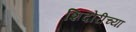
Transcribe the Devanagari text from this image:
शिदोरीच्या